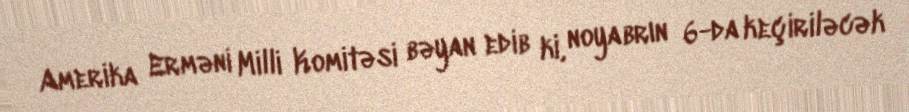
Amerika Erməni Milli Komitəsi bəyan edib ki, noyabrın 6-da keçiriləcək